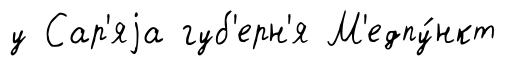
у Сар'яjа губ'ерн'я М'едпу́нкт